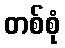
တစ်စုံ